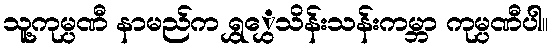
သူ့ကုမ္ပဏီ နာမည်က ရွှွှေသိန်းသန်းကမ္ဘာ ကုမ္ပဏီပါ။